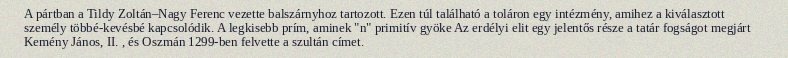
A pártban a Tildy Zoltán–Nagy Ferenc vezette balszárnyhoz tartozott. Ezen túl található a toláron egy intézmény, amihez a kiválasztott személy többé-kevésbé kapcsolódik. A legkisebb prím, aminek "n" primitív gyöke Az erdélyi elit egy jelentős része a tatár fogságot megjárt Kemény János, II. , és Oszmán 1299-ben felvette a szultán címet.